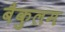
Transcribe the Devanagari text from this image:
बैकुलम